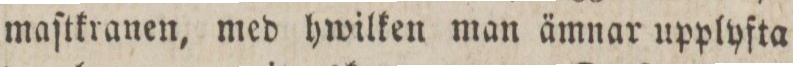
maſtkranen, med hwilken man ämnar upplyfta